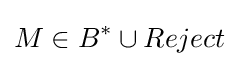
M\in B^{\ast }\cup {Reject}